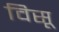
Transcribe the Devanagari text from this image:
विसू